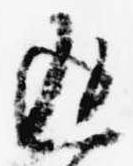
返